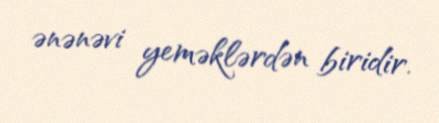
ənənəvi yeməklərdən biridir.